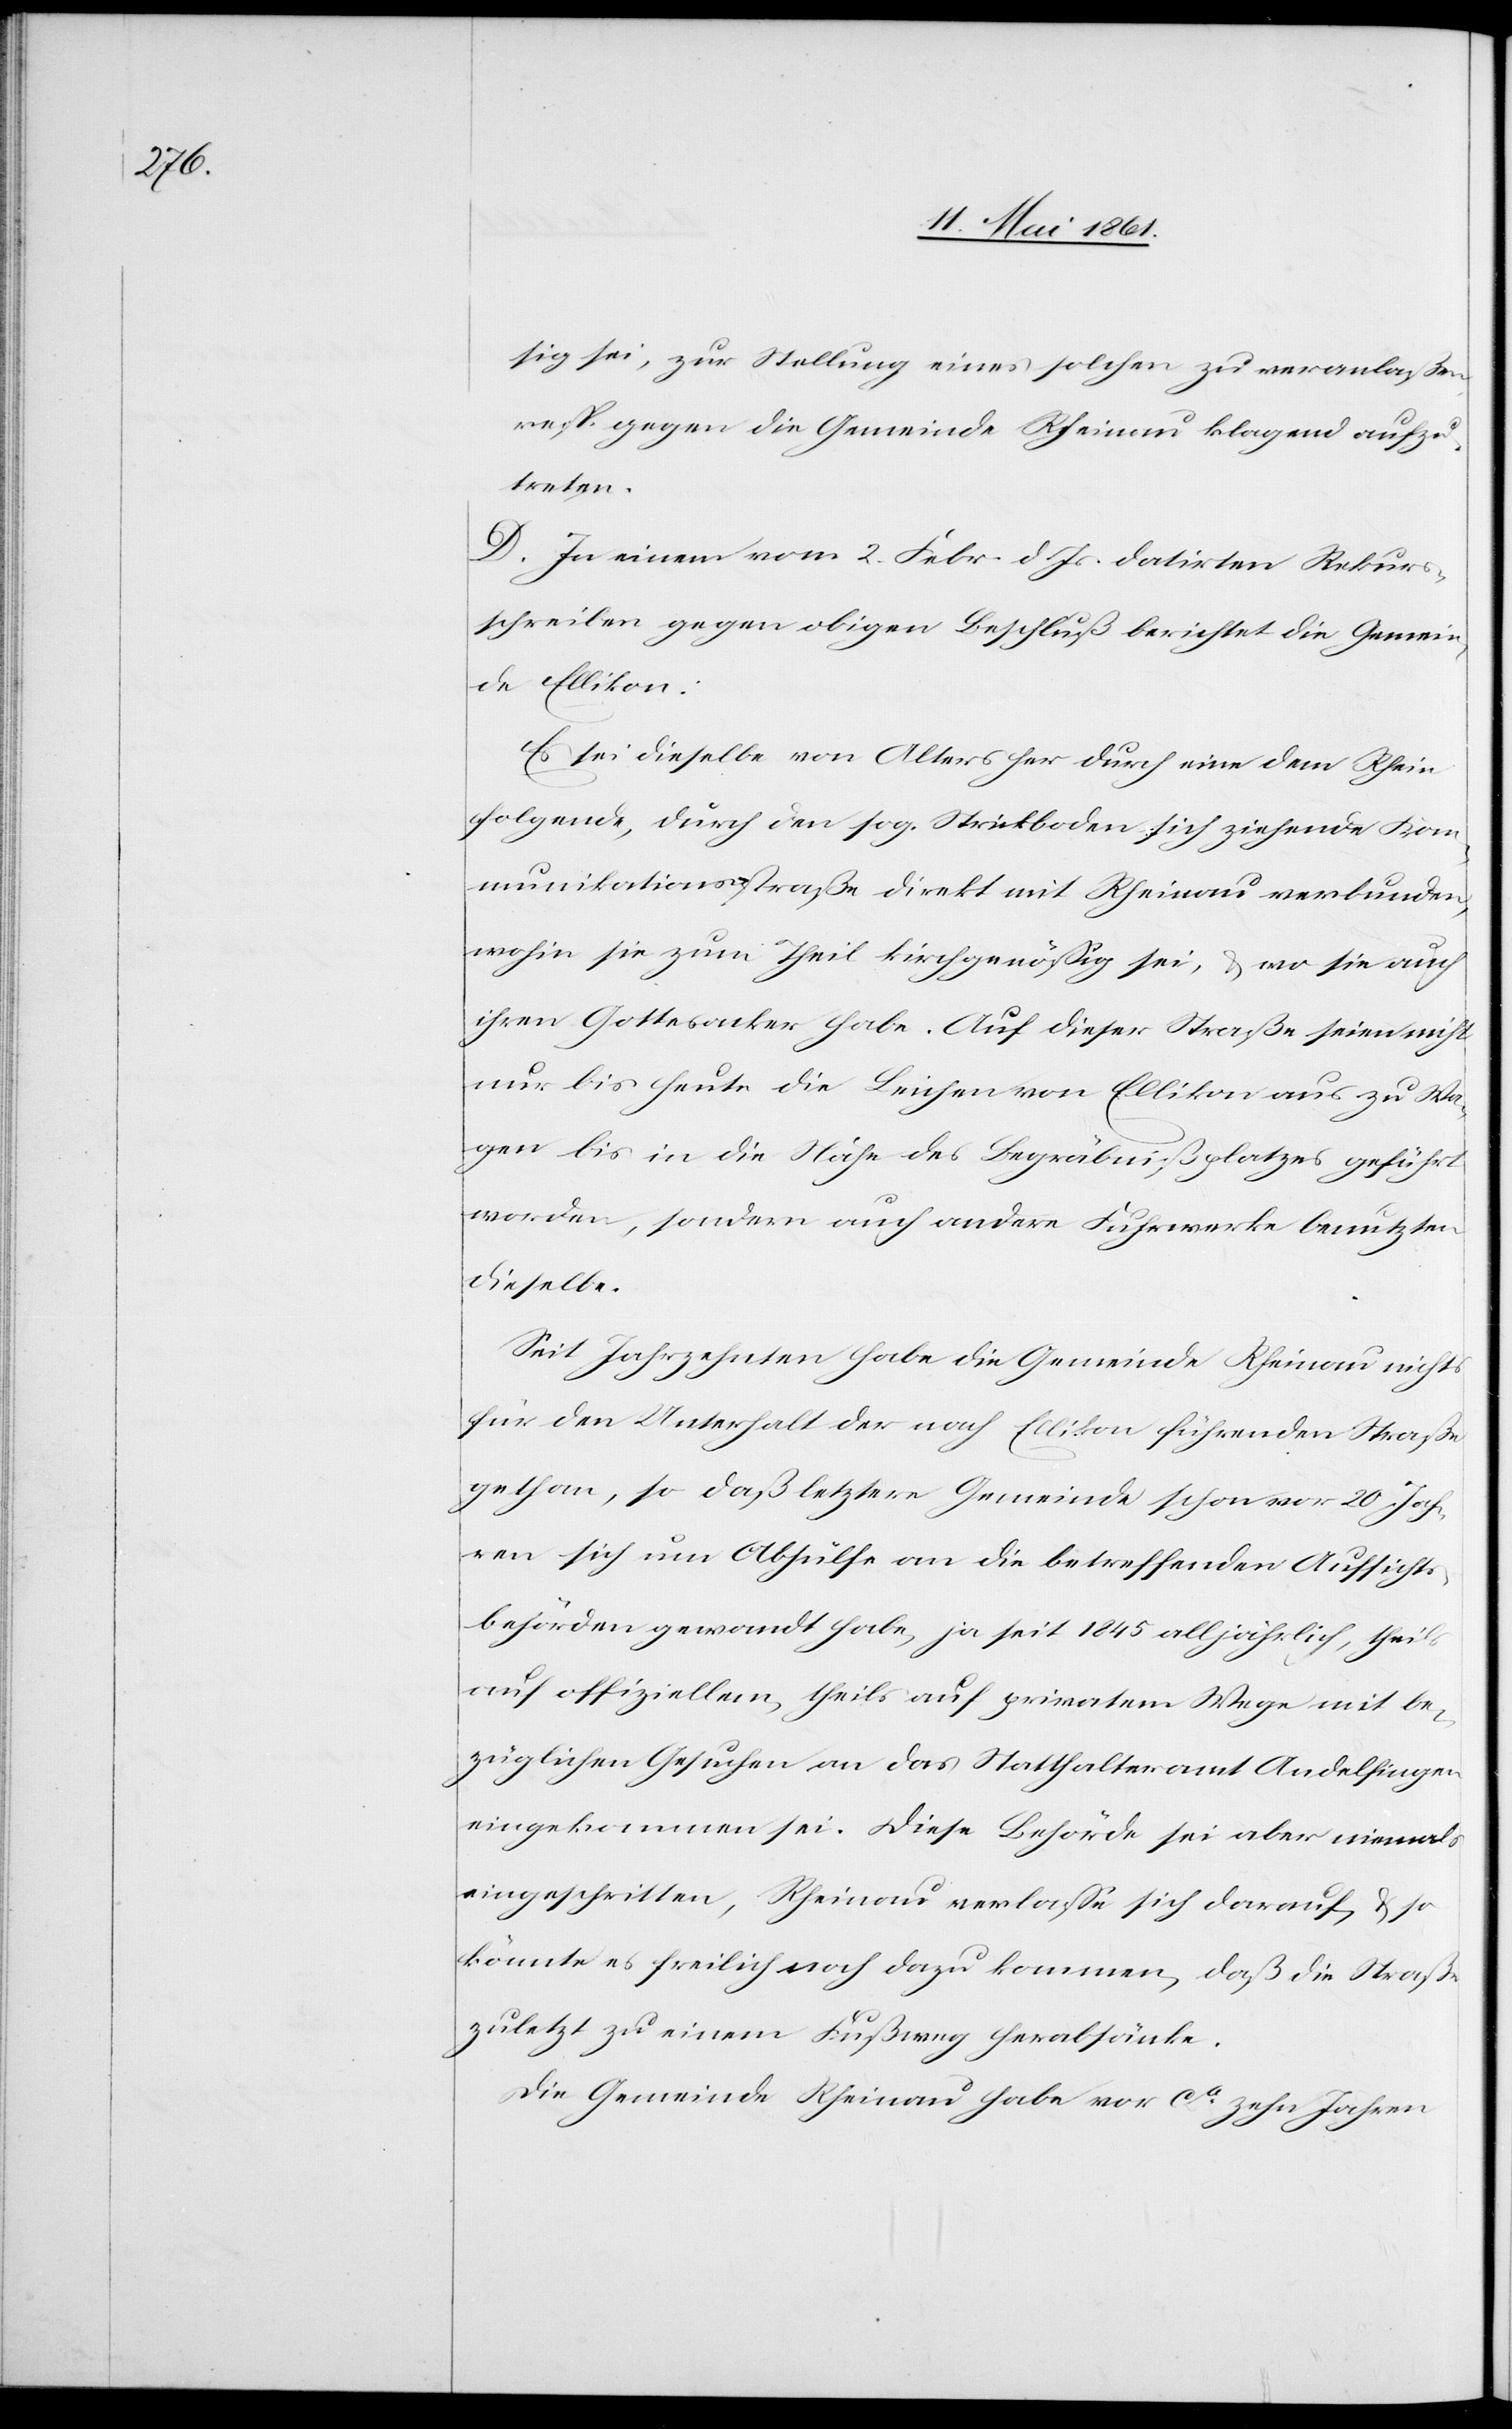
sig sei, zur Stellung eines solchen zu veranlaßen,
resp. gegen die Gemeinde Rheinau klagend aufzu¬
treten.
D. In einem vom 2. Febr. d. Js. datirten Rekurs¬
schreiben gegen obigen Beschluß berichtet die Gemein¬
de Ellikon:
Es sei dieselbe von Alters her durch eine dem Rhein
folgende, durch den sog. Strickboden sich ziehende Kom¬
munikationsstraße direkt mit Rheinau verbunden,
wohin sie zum Theil kirchgenössig sei, u. wo sie auch
ihren Gottesacker habe. Auf dieser Straße seien nicht
nur bis heute die Leichen von Ellikon aus zu Wa¬
gen bis in die Nähe des Begräbnißplatzes geführt
worden, sondern auch andere Fuhrwerke benutzen
dieselbe.
Seit Jahrzehnten habe die Gemeinde Rheinau nichts
für den Unterhalt der nach Ellikon führenden Straße
gethan, so daß letztere Gemeinde schon vor 20 Jah¬
ren sich um Abhülfe an die betreffenden Aufsichts¬
behörden gewandt habe, ja seit 1845 alljährlich, theils
auf offiziellem, theils auf privatem Wege mit be¬
züglichen Gesuchen an das Statthalteramt Andelfingen
eingekommen sei. Diese Behörde sei aber niemals
eingeschritten, Rheinau verlasse sich darauf, u. so
könnte es freilich noch dazu kommen, daß die Straße
zuletzt zu einem Fußweg herabsänke.
Die Gemeinde Rheinau habe vor ca
zehn Jahren